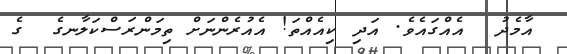
އާމެދު  އެއްގައެވެ. އަދި ކިއެއްތަ! އެއުރެންނަށް ތިމަންރަސްކަލާނގެ  ގެ